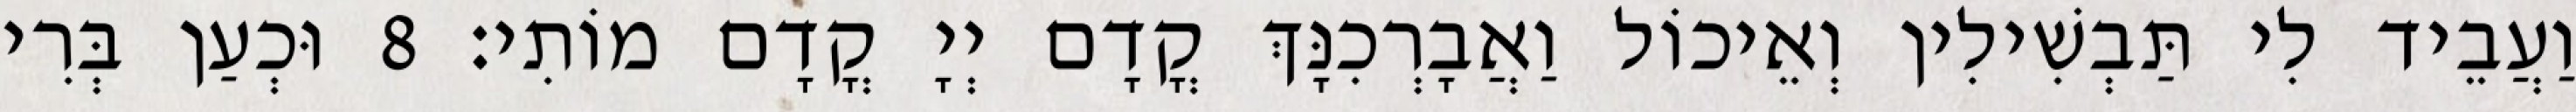
וַעֲבֵיד לִי תַּבְשִׁילִין וְאֵיכוֹל וַאֲבָרְכִנָּךְ קֳדָם יְיָ קֳדָם מוֹתִי׃ 8 וּכְעַן בְּרִי